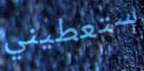
ستعطيني